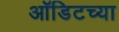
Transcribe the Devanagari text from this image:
ऑडिटच्या